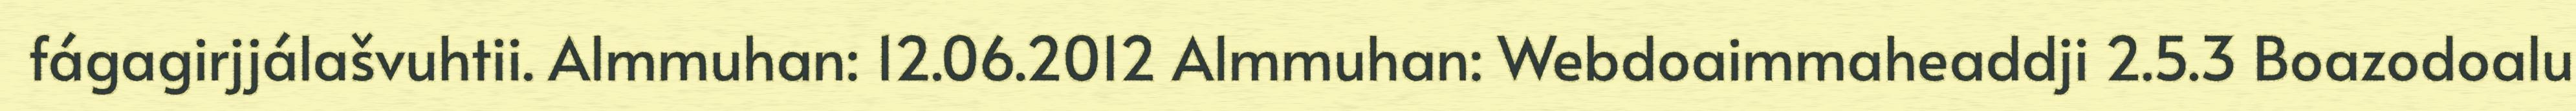
fágagirjjálašvuhtii. Almmuhan: 12.06.2012 Almmuhan: Webdoaimmaheaddji 2.5.3 Boazodoalu